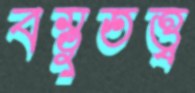
বস্তুতত্ত্ব